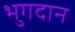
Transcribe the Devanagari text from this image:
भुगदान